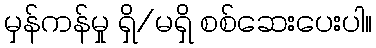
မှန်ကန်မှု ရှိ/မရှိ စစ်ဆေးပေးပါ။